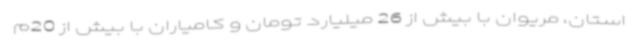
استان، مریوان با بیش از 26 میلیارد تومان و کامیاران با بیش از 20م